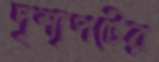
দৃশ্যপটের